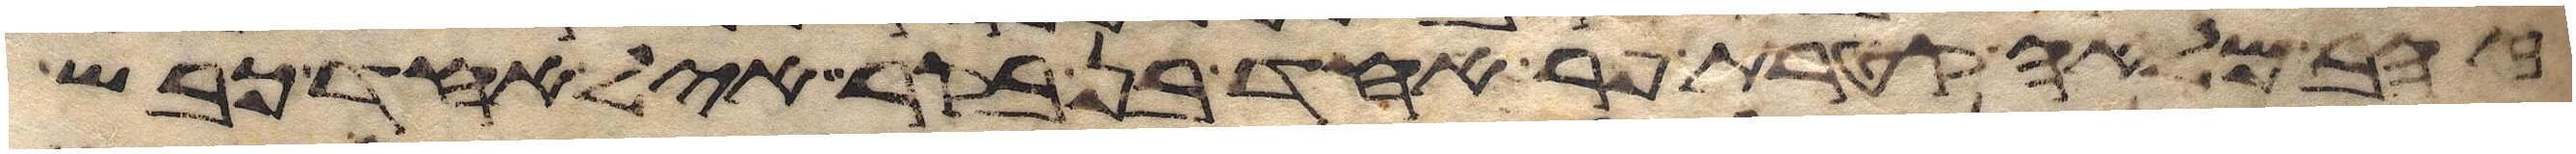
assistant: זהב מלאה קטרת פר אחד בן בקר איל אחד כבש